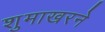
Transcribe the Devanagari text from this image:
शुमाखरने